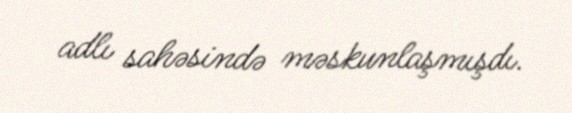
adlı sahəsində məskunlaşmışdı.